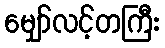
မျှော်လင့်တကြီး